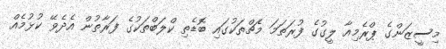
މިސީޒަންގެ ޕްރެމިއާ ލީގުގެ ފުރަތަމަ މެޗްތަކުގައި ބޮޑެތި ކްލަބްތަކުގެ ފަރާތުން އެދެވޭ ކުޅުމެއް